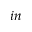
i n